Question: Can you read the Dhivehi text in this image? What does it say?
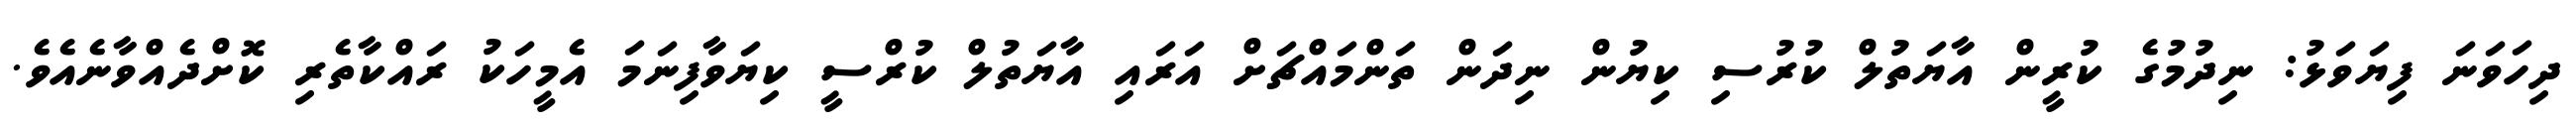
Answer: ދިހަވަނަ ފިޔަވަޅު: ނިދުމުގެ ކުރީން އާޔަތުލް ކުރުސި ކިޔުން ނިދަން ތަންމައްޗަށް އަރައި އާޔަތުލް ކުރްސީ ކިޔަވާފިނަމަ އެމީހަކު ރައްކާތެރި ކޮށްދެއްވާނެއެވެ.